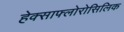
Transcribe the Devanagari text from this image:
हेक्साफ्लोरोसिलिक